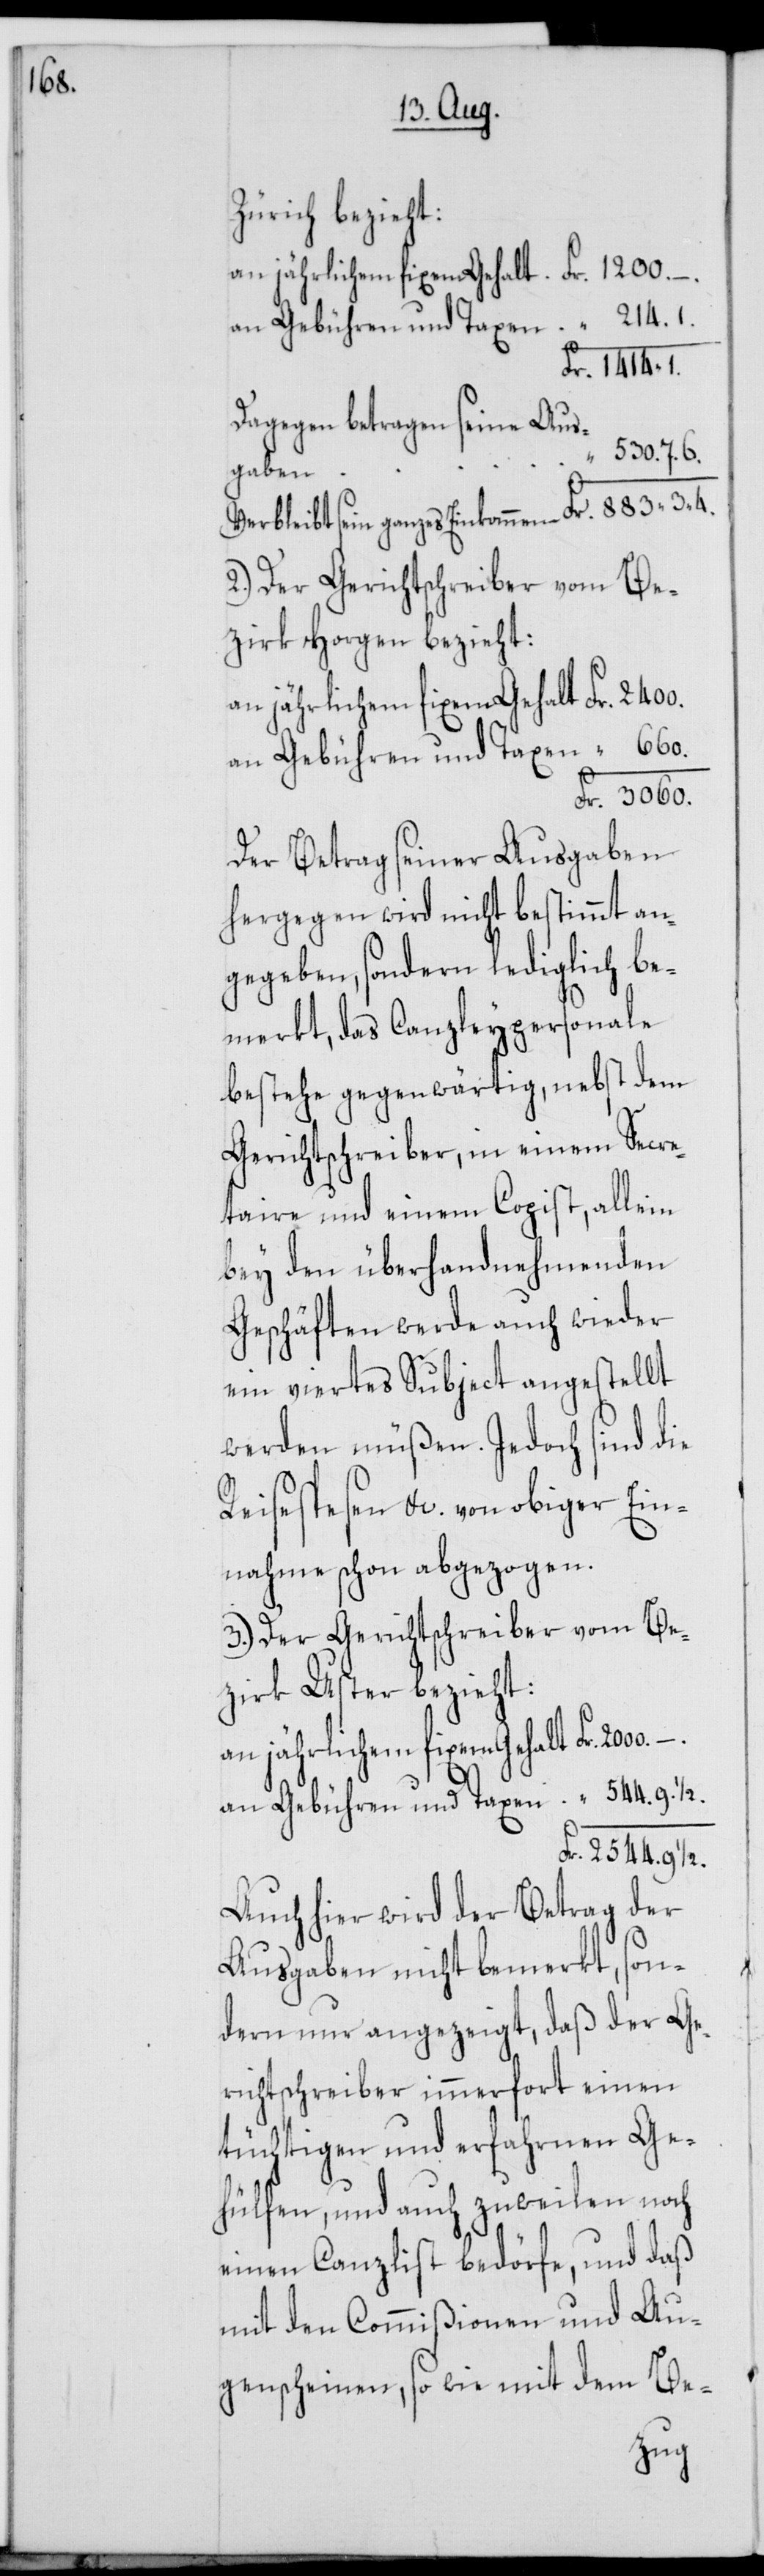
Zürich bezieht:
an jährlichem fixem Gehalt Fr. 2000. –.
an Gebühren und Taxen “ 214. 1.
Fr. 1414. 1.
Dagegen betragen seine Aus¬
“ 530. 7. 6.
gaben
Verbleibt sein ganzes Einkommen Fr. 883. 3. 4.
2.) Der Gerichtschreiber vom Be¬
zirk Horgen bezieht:
an Gebühren und Taxen “ 660.
Fr. 3060.
Der Betrag seiner Ausgaben
hergegen wird nicht bestimmt an¬
gegeben, sondern lediglich be¬
merkt, das Canzleypersonale
bestehe gegenwärtig, nebst dem
Gerichtschreiber, in einem Secre¬
taire und einem Copist, allein
bey den überhandnehmenden
Gerschäften werde auch wieder
ein viertes Subject angestellt
werden müßen. Jedoch sind die
Reisespesen etc. von obiger Ein¬
nahme schon abgezogen.
3.) Der Gerichtschreiber vom Be¬
zirk Uster bezieht:
an Gebühren und Taxen “ 544. 9 1/2.
Fr. 2544. 9
Auch hier wird der Betrag der
Ausgaben nicht bemerkt, son¬
dern nur angezeigt, daß der Ge¬
richtschreiber immerfort einen
tüchtigen und erfahrnen Ge¬
hülfen, und auch zuweilen noch
einen Canzlist bedörfe, und daß
mit den Commißionen und Au¬
genscheinen, so wie mit dem Be-